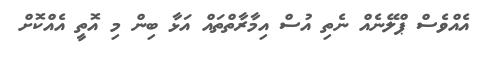
އެއްވެސް ޕްލޭނެއް ނެތި އުސް އިމާރާތްތައް އަޅާ ބިން މި އޮތީ އެއްކޮށް